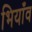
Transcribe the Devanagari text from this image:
भियाँव